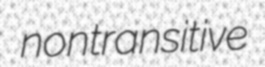
nontransitive